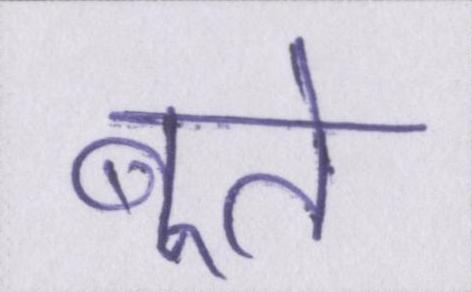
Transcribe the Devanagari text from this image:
बूते